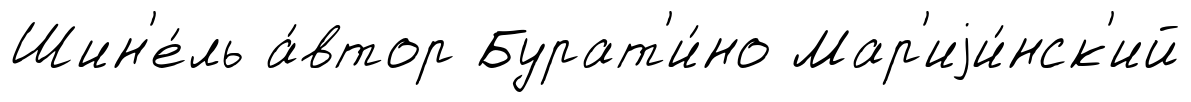
Шин'е́ль а́втор Бурат'и́но Мар'иjи́нск'ий